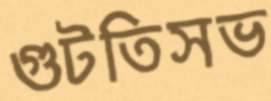
গুটতিসভ